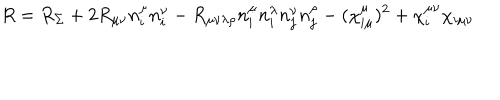
LaTeX: R = R _ { \Sigma } + 2 R _ { \mu \nu } n _ { i } ^ { \mu } n _ { i } ^ { \nu } - R _ { \mu \nu \lambda \rho } n _ { i } ^ { \mu } n _ { i } ^ { \lambda } n _ { j } ^ { \nu } n _ { j } ^ { \rho } - ( \chi _ { i \mu } ^ { \mu } ) ^ { 2 } + \chi _ { i } ^ { \mu \nu } \chi _ { i \mu \nu }